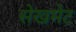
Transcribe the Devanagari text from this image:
सेखमेट